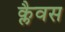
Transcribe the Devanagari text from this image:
क्लैवस